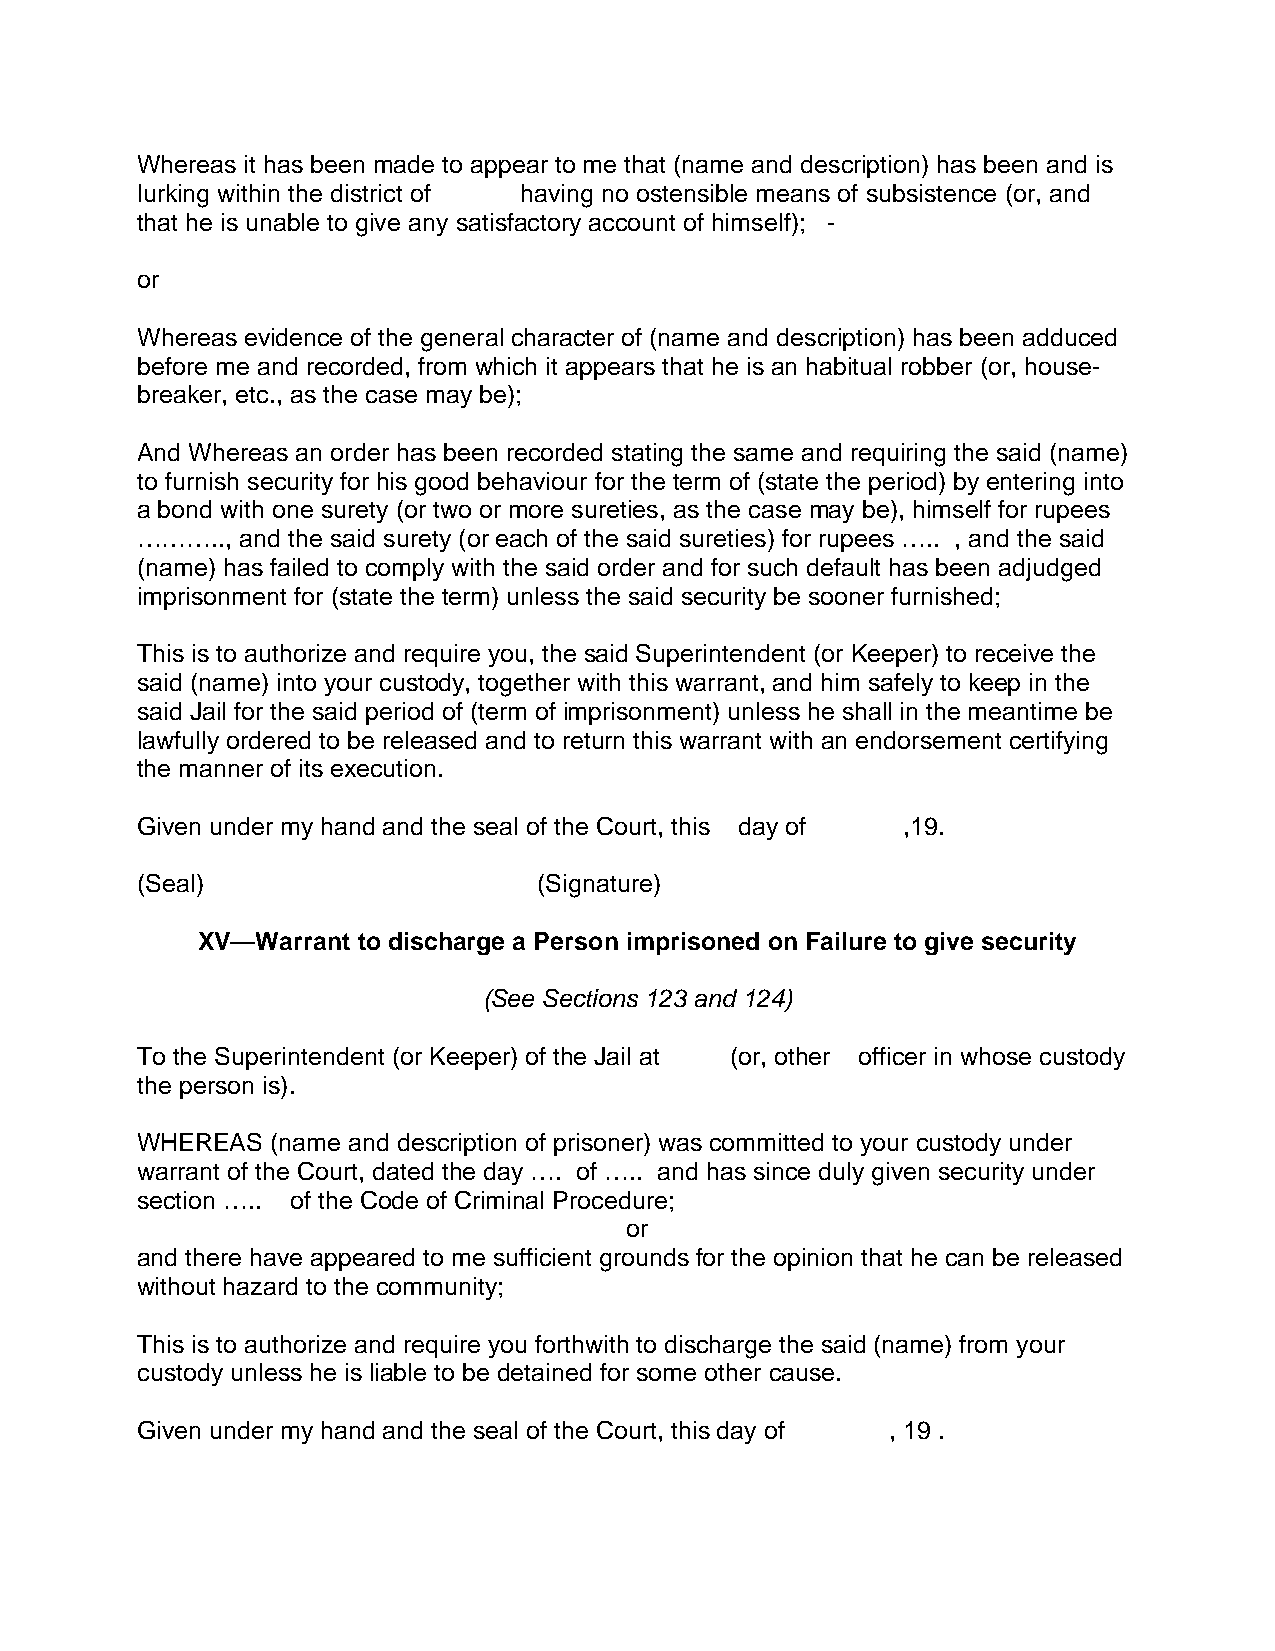
Whereas it has been made to appear to me that (name and description) has been and is
 lurking within the district of having no ostensible means of subsistence (or, and
 that he is unable to give any satisfactory account of himself); -
 or
 Whereas evidence of the general character of (name and description) has been adduced
 before me and recorded, from which it appears that he is an habitual robber (or, house-
 breaker, etc., as the case may be);
 And Whereas an order has been recorded stating the same and requiring the said (name)
 to furnish security for his good behaviour for the term of (state the period) by entering into
 a bond with one surety (or two or more sureties, as the case may be), himself for rupees
 ……….., and the said surety (or each of the said sureties) for rupees ….. , and the said
 (name) has failed to comply with the said order and for such default has been adjudged
 imprisonment for (state the term) unless the said security be sooner furnished;
 This is to authorize and require you, the said Superintendent (or Keeper) to receive the
 said (name) into your custody, together with this warrant, and him safely to keep in the
 said Jail for the said period of (term of imprisonment) unless he shall in the meantime be
 lawfully ordered to be released and to return this warrant with an endorsement certifying
 the manner of its execution.
 Given under my hand and the seal of the Court, this day of ,19.
 (Seal)                     (Signature)
 XV—Warrant to discharge a Person imprisoned on Failure to give security
 (See Sections 123 and 124)
 To the Superintendent (or Keeper) of the Jail at (or, other officer in whose custody
 the person is).
 WHEREAS  (name and description of prisoner) was committed to your custody under
 warrant of the Court, dated the day …. of ….. and has since duly given security under
 section ….. of the Code of Criminal Procedure;
 or
 and there have appeared to me sufficient grounds for the opinion that he can be released
 without hazard to the community;
 This is to authorize and require you forthwith to discharge the said (name) from your
 custody unless he is liable to be detained for some other cause.
 Given under my hand and the seal of the Court, this day of , 19 .